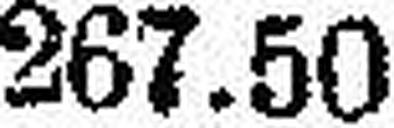
267.50